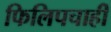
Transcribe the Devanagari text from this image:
फिलिपचाही